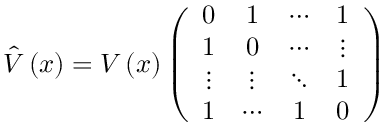
\hat { V } \left( x \right) = V \left( x \right) \left( \begin{array} { c c c c } { { 0 } } & { { 1 } } & { { \cdots } } & { { 1 } } \\ { { 1 } } & { { 0 } } & { { \cdots } } & { { \vdots } } \\ { { \vdots } } & { { \vdots } } & { { \ddots } } & { { 1 } } \\ { { 1 } } & { { \cdots } } & { { 1 } } & { { 0 } } \end{array} \right)